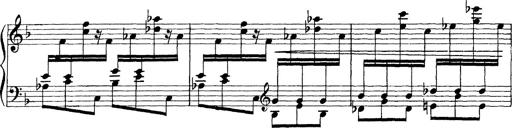
Title: Scherzo und Marsch
Composer: Franz Liszt